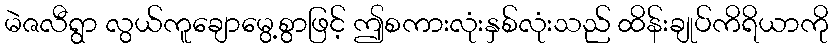
မဲဇလီရွာ လွယ်ကူချောမွေ့စွာဖြင့် ဤစကားလုံးနှစ်လုံးသည် ထိန်းချုပ်ကိရိယာကို